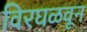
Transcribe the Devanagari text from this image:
विरघळवून